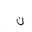
Letter: _non